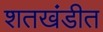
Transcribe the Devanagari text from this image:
शतखंडीत